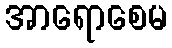
အာရောစေမ